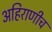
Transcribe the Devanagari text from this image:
अहिराणीच